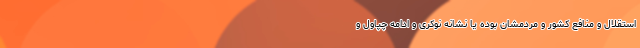
استقلال و منافع کشور و مردمشان بوده یا نشانه نوکری و ادامه چپاول و